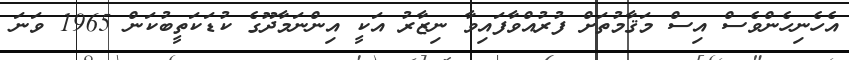
އެހެނިހެންވެސް އިސް މަޤާމުތަށް ފުރުއްވާފައިވާ ނިޒާރު އަކީ އިންނަމާދޫގެ ކުޑަކަތީބުކަން 1965 ވަނަ